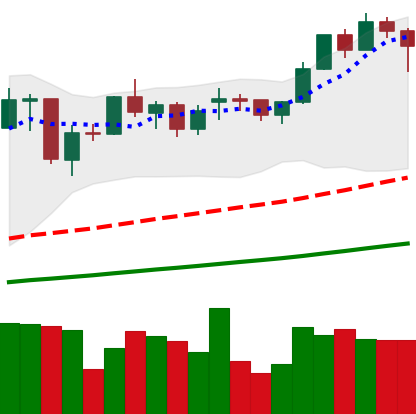
Ticker: ETH-USD
Chart end date: 2021-02-07
Forward return: 14.205%
Label: up_7plus